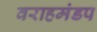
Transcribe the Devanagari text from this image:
वराहमंडप